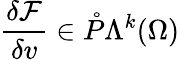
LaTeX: \frac{\delta\mathcal{F}}{\delta v}\in\mathring{P}\Lambda^{k}(\Omega)